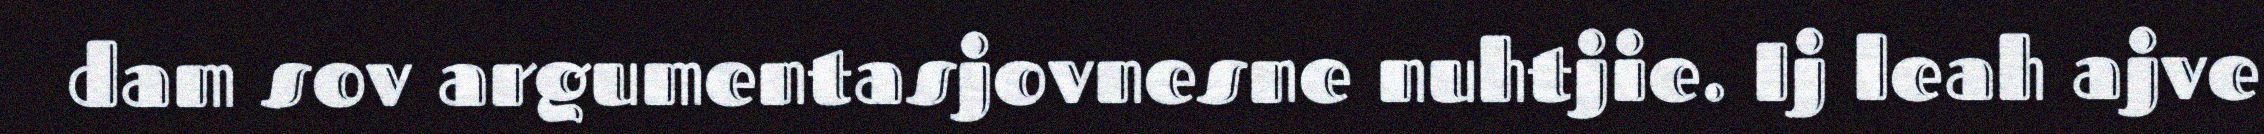
dam sov argumentasjovnesne nuhtjie. Ij leah ajve